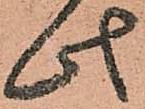
此